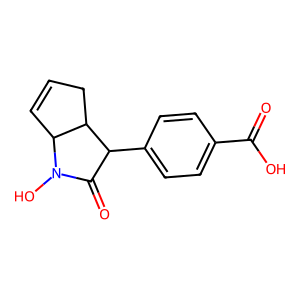
SMILES: O=C(O)c1ccc(C2C(=O)N(O)C3C=CCC23)cc1
Inhibits HIV replication: No